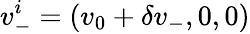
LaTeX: v_{-}^{i}=(v_{0}+\delta v_{-},0,0)